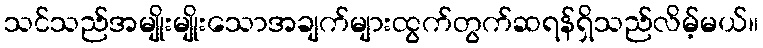
သင်သည်အမျိုးမျိုးသောအချက်များထွက်တွက်ဆရန်ရှိသည်လိမ့်မယ်။